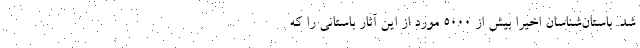
شد. باستان‌شناسان اخیرا بیش از ۵۰۰۰ مورد از این آثار باستانی را که